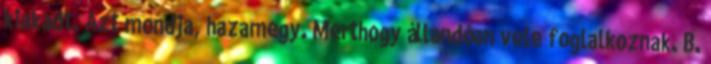
kiakadt. Azt mondja, hazamegy. Merthogy állandóan vele foglalkoznak. B.